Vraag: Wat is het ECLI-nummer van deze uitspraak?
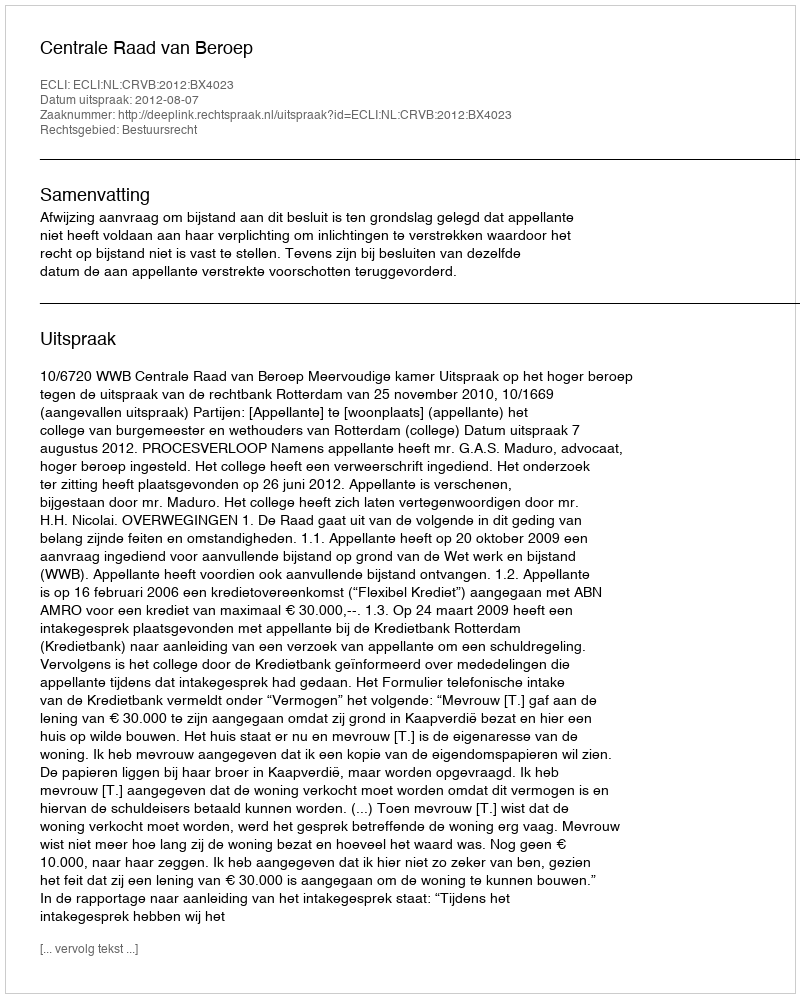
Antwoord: ECLI:NL:CRVB:2012:BX4023